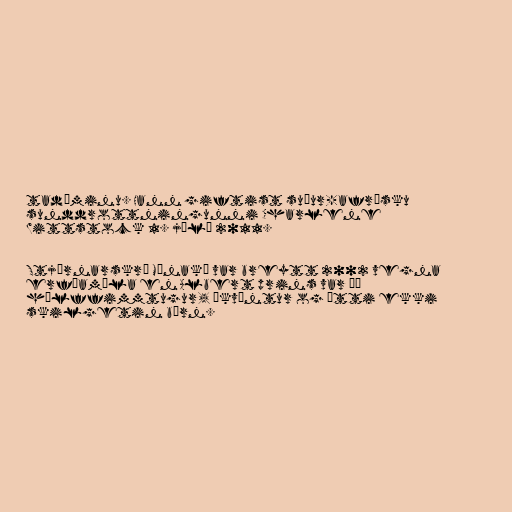
tadæminu. Hann giftist suður-afrísku
sunddrottningunni Charlene
Wittstock 1. júlí 2011.

Stjórnarskrá Mónakó var breytt 2002 vegna
erfðamála en Albert prins var þá
hálffimmtugur, ókvæntur og átti ekki
skilgetin börn.